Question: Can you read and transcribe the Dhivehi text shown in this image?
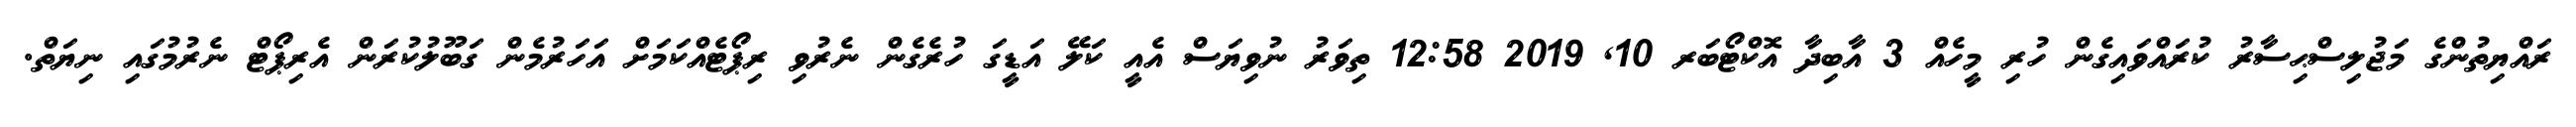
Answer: ރައްޔިތުންގެ މަޖުލިސްޙިސާރު ކުރައްވައިގެން ހުރި މީހެއް 3 އާބިދާ އޮކްޓޯބަރ 10, 2019 12:58 ތިވަރު ނުވިޔަސް އެއީ ކަލޭ އަޑީގަ ހުރެގެން ނެރުވި ރިޕޯޓެއްކަމަށް އަހަރުމެން ގަބޫލުކުރަން އެރިޕޯޓް ނެރުމުގައި ނިޔަތް.